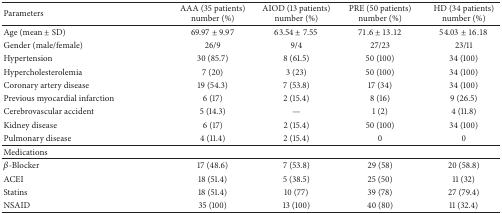
<table><thead><tr><td><b>Parameters</b></td><td><b>AAA (35 patients)number (%)</b></td><td><b>AIOD (13 patients)number (%)</b></td><td><b>PRE (50 patients)number (%)</b></td><td><b>HD (34 patients)number (%)</b></td></tr></thead><tbody><tr><td>Age (mean ± SD)</td><td>69.97 ± 9.97</td><td>63.54 ± 7.55</td><td>71.6 ± 13.12</td><td>54.03 ± 16.18</td></tr><tr><td>Gender (male/female)</td><td>26/9</td><td>9/4</td><td>27/23</td><td>23/11</td></tr><tr><td>Hypertension</td><td>30 (85.7)</td><td>8 (61.5)</td><td>50 (100)</td><td>34 (100)</td></tr><tr><td>Hypercholesterolemia</td><td>7 (20)</td><td>3 (23)</td><td>50 (100)</td><td>34 (100)</td></tr><tr><td>Coronary artery disease</td><td>19 (54.3)</td><td>7 (53.8)</td><td>17 (34)</td><td>34 (100)</td></tr><tr><td>Previous myocardial infarction</td><td>6 (17)</td><td>2 (15.4)</td><td>8 (16)</td><td>9 (26.5)</td></tr><tr><td>Cerebrovascular accident</td><td>5 (14.3)</td><td>—</td><td>1 (2)</td><td>4 (11.8)</td></tr><tr><td>Kidney disease</td><td>6 (17)</td><td>2 (15.4)</td><td>50 (100)</td><td>34 (100)</td></tr><tr><td>Pulmonary disease</td><td>4 (11.4)</td><td>2 (15.4)</td><td>0</td><td>0</td></tr><tr><td>Medications</td><td> </td><td> </td><td> </td><td> </td></tr><tr><td><i>β</i>-Blocker</td><td>17 (48.6)</td><td>7 (53.8)</td><td>29 (58)</td><td>20 (58.8)</td></tr><tr><td>ACEI</td><td>18 (51.4)</td><td>5 (38.5)</td><td>25 (50)</td><td>11 (32)</td></tr><tr><td>Statins</td><td>18 (51.4)</td><td>10 (77)</td><td>39 (78)</td><td>27 (79.4)</td></tr><tr><td>NSAID</td><td>35 (100)</td><td>13 (100)</td><td>40 (80)</td><td>11 (32.4)</td></tr></tbody></table>